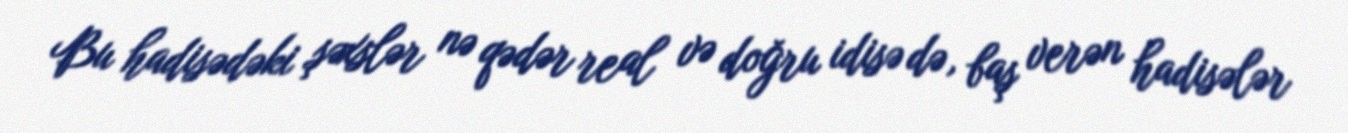
Bu hadisədəki şəxslər nə qədər real və doğru idisə də, baş verən hadisələr